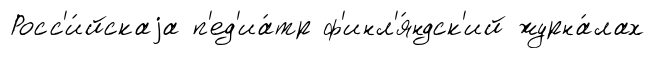
Росс'и́йскаjа п'ед'иа́тр ф'инл'я́ндск'ий журна́лах